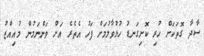
ސާދާ ގޮތަކަށް ހުރި ކޮށިގަނޑު ހުޅުވާލުމަށް ފަހު އެތެރެ އަށް ވަންނަމުން މުއިއްޒު